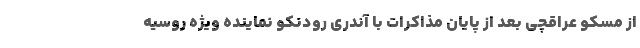
از مسکو عراقچی بعد از پایان مذاکرات با آندری رودنکو نماینده ویژه روسیه